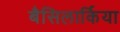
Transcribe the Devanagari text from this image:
बैसिलार्किया